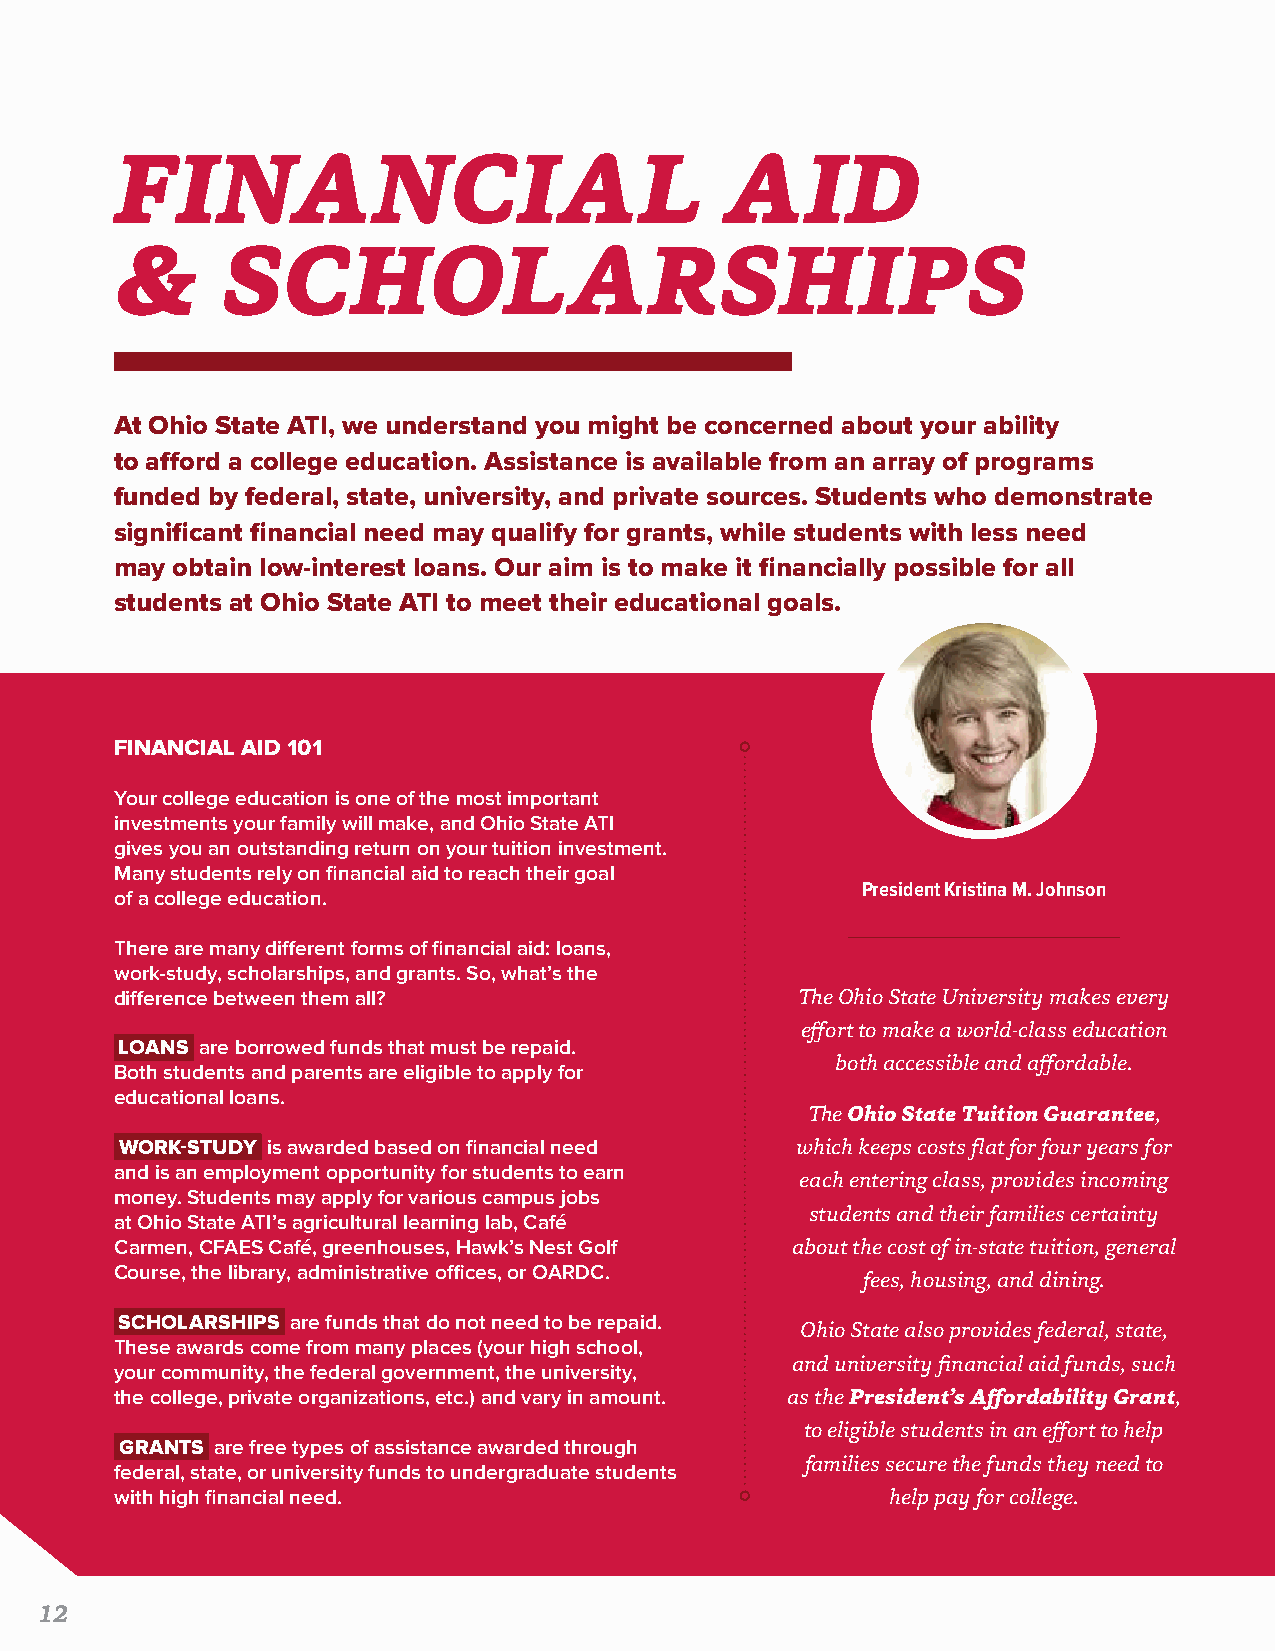
FINANCIAL                               AID
 &      SCHOLARSHIPS
 At Ohio State ATI, we understand you might be concerned about your ability
 to afford a college education. Assistance is available from an array of programs
 funded by federal, state, university, and private sources. Students who demonstrate
 significant financial need may qualify for grants, while students with less need
 may obtain low-interest loans. Our aim is to make it financially possible for all
 students at Ohio State ATI to meet their educational goals.
 FINANCIAL AID 101
 Your college education is one of the most important
 investments your family will make, and Ohio State ATI
 gives you an outstanding return on your tuition investment.
 Many students rely on financial aid to reach their goal
 President Kristina M. Johnson
 of a college education.
 There are many different forms of financial aid: loans,
 work-study, scholarships, and grants. So, what’s the
 difference between them all?                 The Ohio State University makes every
 effort to make a world-class education
 LOANS are borrowed funds that must be repaid.
 both accessible and affordable.
 Both students and parents are eligible to apply for
 educational loans.
 The Ohio State Tuition Guarantee,
 WORK-STUDY is awarded based on financial need which keeps costs flat for four years for
 and is an employment opportunity for students to earn
 each entering class, provides incoming
 money. Students may apply for various campus jobs
 students and their families certainty
 at Ohio State ATI’s agricultural learning lab, Café
 Carmen, CFAES Café, greenhouses, Hawk’s Nest Golf about the cost of in-state tuition, general
 Course, the library, administrative offices, or OARDC.
 fees, housing, and dining.
 SCHOLARSHIPS are funds that do not need to be repaid.
 Ohio State also provides federal, state,
 These awards come from many places (your high school,
 and university financial aid funds, such
 your community, the federal government, the university,
 the college, private organizations, etc.) and vary in amount. as the President’s Affordability Grant,
 to eligible students in an effort to help
 GRANTS are free types of assistance awarded through
 families secure the funds they need to
 federal, state, or university funds to undergraduate students
 with high financial need.                          help pay for college.
 12